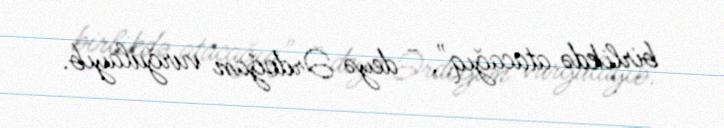
birlikdə atacağıq", - deyə Ərdoğan vurğulayıb.